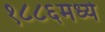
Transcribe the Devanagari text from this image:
१८८६मध्ये